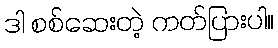
ဒါ စစ်ဆေးတဲ့ ကတ်ပြားပါ။